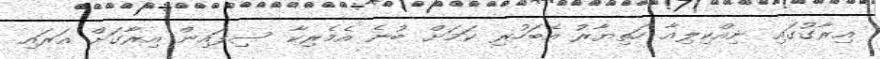
އިރާގުގައި ނިއްކިލިއާ ހަތިޔާރު އެބަހުރި ކަމަށް ބުނެ އެމެރިކާ ސިފައިން އިރާގަށް އަރައި